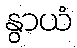
နွာယံ